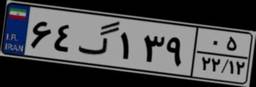
۱۱گ۸۰۹۴۴